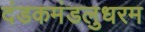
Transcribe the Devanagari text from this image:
दंडकमंडलुधरम